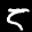
Label: 5